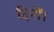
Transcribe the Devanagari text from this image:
दिनों।